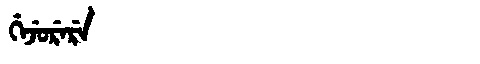
Manchu: ᡤᡝᠵᡠᡵᡝᡵᡝ
Romanization: GEJURERE